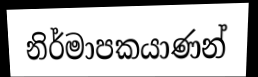
නිර්මාපකයාණන්